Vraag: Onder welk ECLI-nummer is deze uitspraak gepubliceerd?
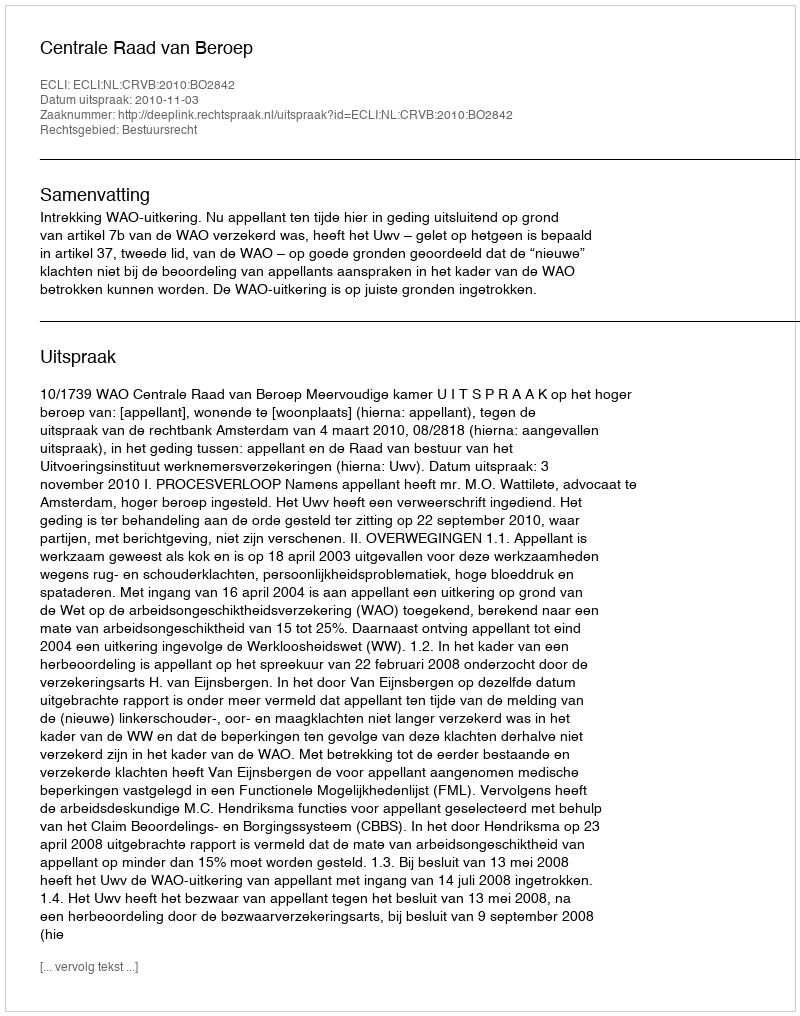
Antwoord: ECLI:NL:CRVB:2010:BO2842